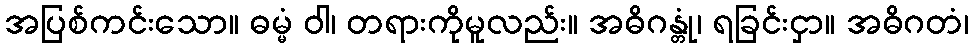
အပြစ်ကင်းသော။ ဓမ္မံ ဝါ၊ တရားကိုမူလည်း။ အဓိဂန္တုံ၊ ရခြင်းငှာ။ အဓိဂတံ၊